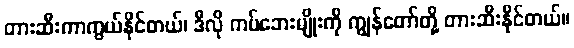
တားဆီးကာကွယ်နိုင်တယ်၊ ဒီလို ကပ်ဘေးမျိုးကို ကျွန်တော်တို့ တားဆီးနိုင်တယ်။